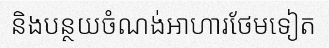
និងបន្ថយចំណង់អាហារថែមទៀត